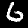
Label: 6